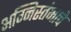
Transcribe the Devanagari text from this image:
अग्निस्तंभाचे